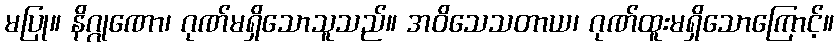
မပြု။ နိဂ္ဂုဏော၊ ဂုဏ်မရှိသောသူသည်။ အဝိသေသတာယ၊ ဂုဏ်ထူးမရှိသောကြောင့်။